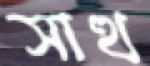
সাত্থ